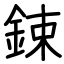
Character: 鋉